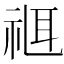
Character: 𥚅